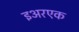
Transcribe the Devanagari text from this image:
इअरएक